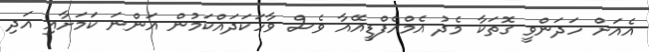
އެއަށް ހަދަންވީ ގޮތަކާ މެދު އެމްއެފްޑީއޭއާ ވެސް ވާހަކަދައްކަމުން އަންނަ ކަމަށާއި އަދި